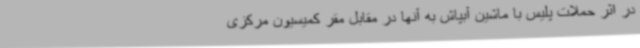
در اثر حملات پلیس با ماشین آبپاش به آنها در مقابل مقر کمیسیون مرکزی